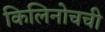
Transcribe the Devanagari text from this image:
किलिनोचची